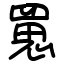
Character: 罳